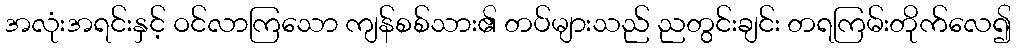
အလုံးအရင်းနှင့် ဝင်လာကြသော ကျန်စစ်သား၏ တပ်များသည် ညတွင်းချင်း တရကြမ်းတိုက်လေ၍